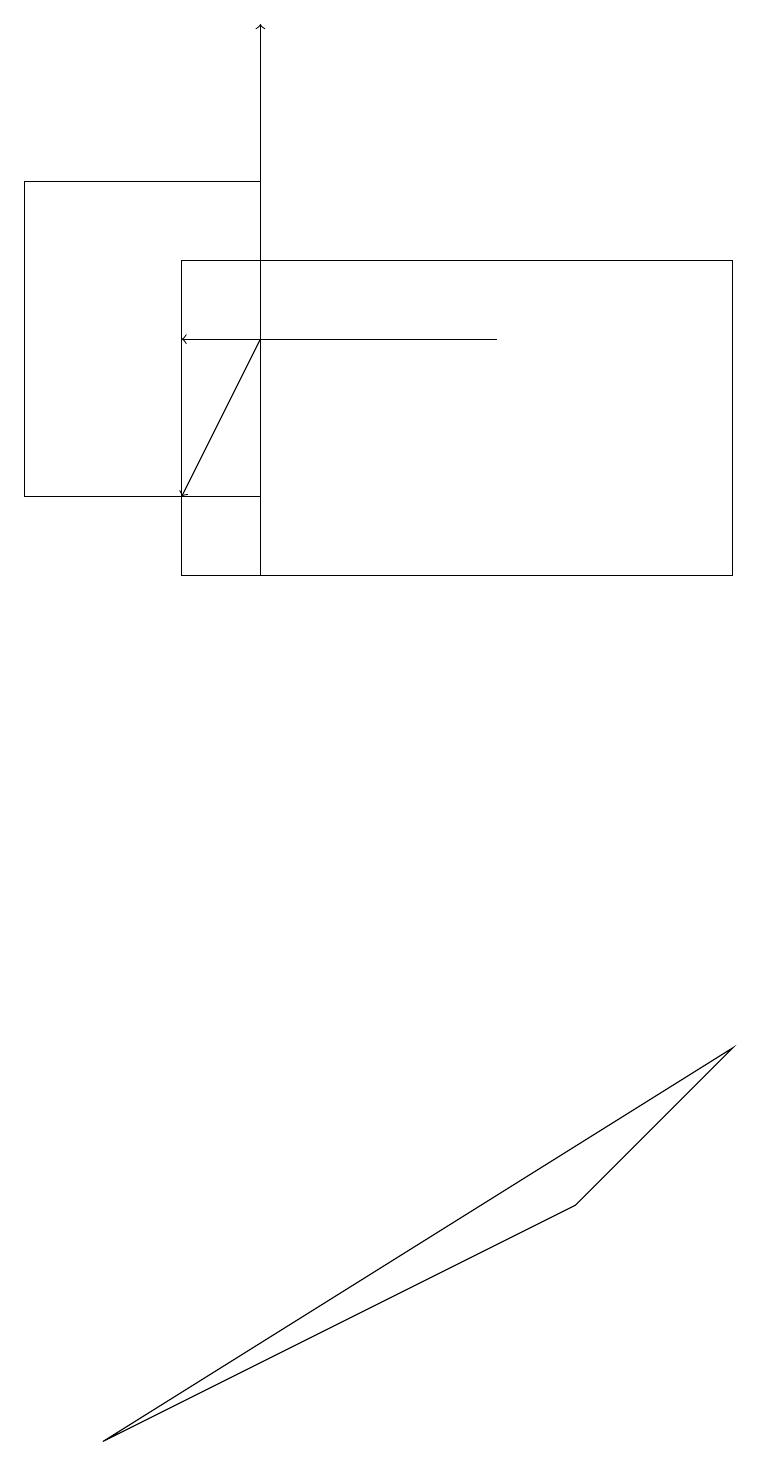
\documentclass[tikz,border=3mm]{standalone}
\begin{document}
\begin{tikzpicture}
\draw[->] (3,11) -- (3,18);
\draw (3,12) rectangle (0,16);
\draw[->] (3,14) -- (2,12);
\draw[->] (6,14) -- (2,14);
\draw (1,0) -- (9,5) -- (7,3) -- cycle;
\draw (2,15) rectangle (9,11);
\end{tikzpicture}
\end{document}